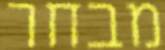
מבחר